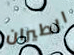
الطيران